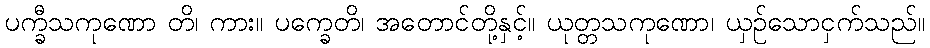
ပက္ခီသကုဏော တိ၊ ကား။ ပက္ခေတိ၊ အတောင်တို့နှင့်။ ယုတ္တသကုဏော၊ ယှဉ်သောငှက်သည်။